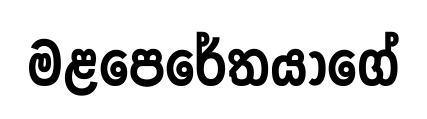
මළපෙරේතයාගේ